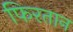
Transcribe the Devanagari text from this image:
फिरतान